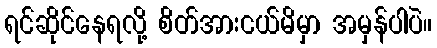
ရင်ဆိုင်နေရလို့ စိတ်အားငယ်မိမှာ အမှန်ပါပဲ။